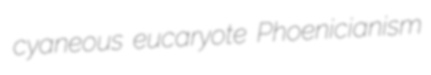
cyaneous eucaryote Phoenicianism